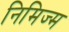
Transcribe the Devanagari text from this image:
निमिज्म